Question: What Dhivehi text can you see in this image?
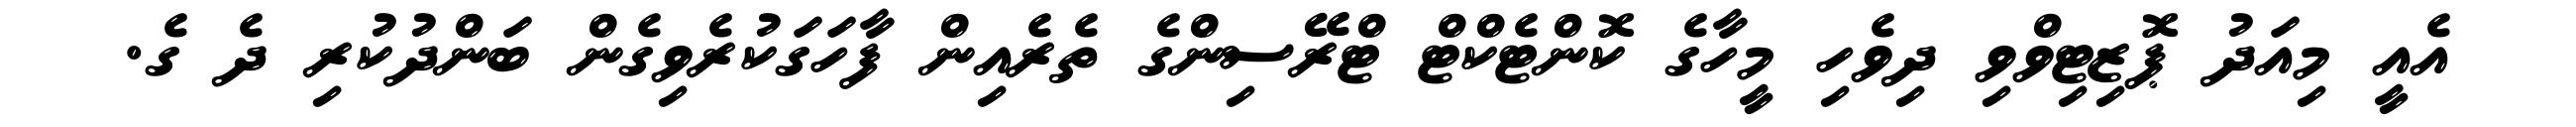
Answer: އެއީ މިއަދު ޕޮޒިޓިވްވި ދިވެހި މީހާގެ ކޮންޓެކްޓް ޓްރޭސިންގެ ތެރެއިން ފާހަގަކުރެވިގެން ބަންދުކުރި ދެ ގެ.